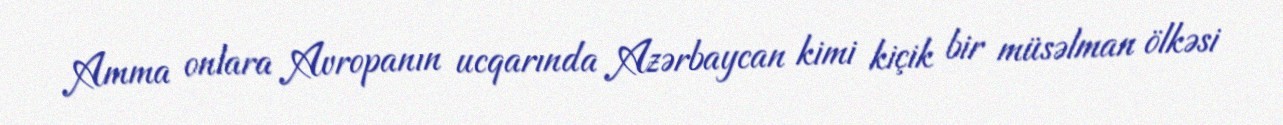
Amma onlara Avropanın ucqarında Azərbaycan kimi kiçik bir müsəlman ölkəsi